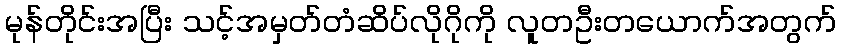
မုန်တိုင်းအပြီး သင့်အမှတ်တံဆိပ်လိုဂိုကို လူတဦးတယောက်အတွက်